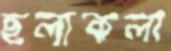
ছলাকলা